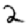
Digit: 2